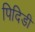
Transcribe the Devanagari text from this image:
पिदिडी